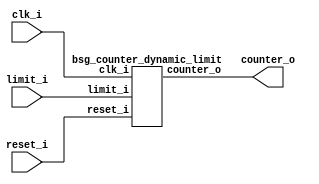


module top
(
  clk_i,
  reset_i,
  limit_i,
  counter_o
);

  input [15:0] limit_i;
  output [15:0] counter_o;
  input clk_i;
  input reset_i;

  bsg_counter_dynamic_limit
  wrapper
  (
    .limit_i(limit_i),
    .counter_o(counter_o),
    .clk_i(clk_i),
    .reset_i(reset_i)
  );


endmodule



module bsg_counter_dynamic_limit
(
  clk_i,
  reset_i,
  limit_i,
  counter_o
);

  input [15:0] limit_i;
  output [15:0] counter_o;
  input clk_i;
  input reset_i;
  wire N0,N1,N2,N3,N4,N5,N6,N7,N8,N9,N10,N11,N12,N13,N14,N15,N16,N17,N18,N19,N20,N21,
  N22,N23,N24,N25,N26,N27,N28,N29,N30,N31,N32,N33,N34,N35,N36,N37;
  reg [15:0] counter_o;
  assign N1 = counter_o == limit_i;
  assign { N19, N18, N17, N16, N15, N14, N13, N12, N11, N10, N9, N8, N7, N6, N5, N4 } = counter_o + 1'b1;
  assign { N35, N34, N33, N32, N31, N30, N29, N28, N27, N26, N25, N24, N23, N22, N21, N20 } = (N0)? { 1'b0, 1'b0, 1'b0, 1'b0, 1'b0, 1'b0, 1'b0, 1'b0, 1'b0, 1'b0, 1'b0, 1'b0, 1'b0, 1'b0, 1'b0, 1'b0 } : 
                                                                                              (N37)? { 1'b0, 1'b0, 1'b0, 1'b0, 1'b0, 1'b0, 1'b0, 1'b0, 1'b0, 1'b0, 1'b0, 1'b0, 1'b0, 1'b0, 1'b0, 1'b0 } : 
                                                                                              (N3)? { N19, N18, N17, N16, N15, N14, N13, N12, N11, N10, N9, N8, N7, N6, N5, N4 } : 1'b0;
  assign N0 = reset_i;
  assign N2 = N1 | reset_i;
  assign N3 = ~N2;
  assign N36 = ~reset_i;
  assign N37 = N1 & N36;

  always @(posedge clk_i) begin
    if(1'b1) begin
      { counter_o[15:0] } <= { N35, N34, N33, N32, N31, N30, N29, N28, N27, N26, N25, N24, N23, N22, N21, N20 };
    end 
  end


endmodule